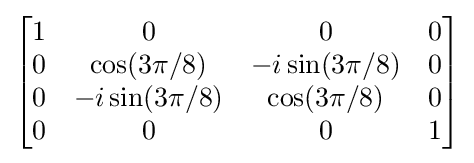
{\begin{bmatrix}1&0&0&0\\0&\cos(3\pi /8)&-i\sin(3\pi /8)&0\\0&-i\sin(3\pi /8)&\cos(3\pi /8)&0\\0&0&0&1\\\end{bmatrix}}